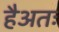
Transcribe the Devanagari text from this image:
हैअतः